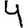
Digit: 4